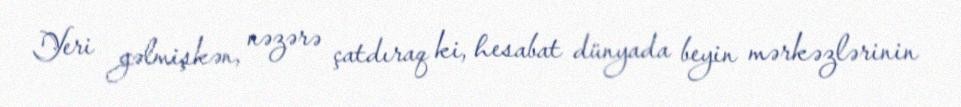
Yeri gəlmişkən, nəzərə çatdıraq ki, hesabat dünyada beyin mərkəzlərinin